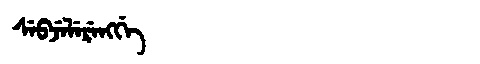
Manchu: ᠰᡝᠪᠵᡝᠯᡝᡵᡝᠩᡤᡝ
Romanization: SEBJELERENGGE